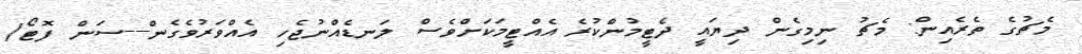
މެޗުގެ ތެރެއިން: މެޗު ނިމިގެން ދިޔައީ ދެޓީމުންކުރެ އެއްޓީމަކަށްވެސް ލަނޑެއްނުޖެހި އެއްވަރުވެގެން---ސަން ފޮޓޯ/